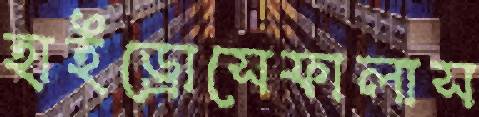
হাইড্রোসেফালাস